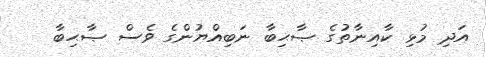
އަދި މުޅި ކާއިނާތުގެ ޞާޙިބާ ނަބިއްޔުންގެ ވެސް ޞާޙިބާ